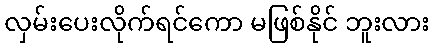
လှမ်းပေးလိုက်ရင်ကော မဖြစ်နိုင် ဘူးလား